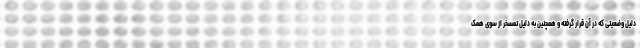
دلیل وضعیتی که در آن قرار گرفته و همچنین به دلیل تمسخر از سوی همک